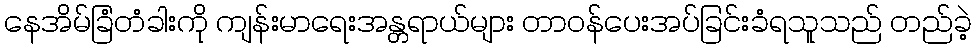
နေအိမ်ခြံတံခါးကို ကျန်းမာရေးအန္တရာယ်များ တာဝန်ပေးအပ်ခြင်းခံရသူသည် တည်ခဲ့